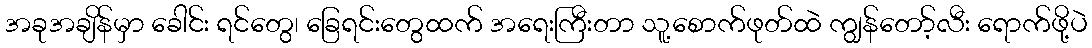
အခုအချိန်မှာ ခေါင်း ရင်တွေ၊ ခြေရင်းတွေထက် အရေးကြီးတာ သူ့စောက်ဖုတ်ထဲ ကျွန်တော့်လီး ရောက်ဖို့ပဲ